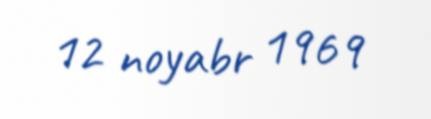
12 noyabr 1969